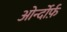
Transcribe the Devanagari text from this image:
ओर्न्दोर्फ़